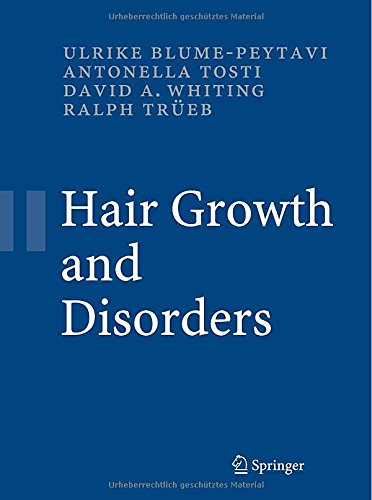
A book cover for Hair Growth and Disorders; Health, Fitness & Dieting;